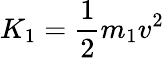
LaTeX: K_{1}={\frac{1}{2}}m_{1}v^{2}